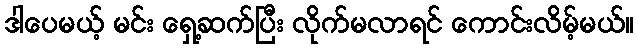
ဒါပေမယ့် မင်း ရှေ့ဆက်ပြီး လိုက်မလာရင် ကောင်းလိမ့်မယ်။